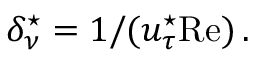
\delta _ { \nu } ^ { \star } = 1 / ( u _ { \tau } ^ { \star } \ensuremath { \mathrm { R e } } { } ) \, .